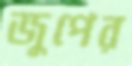
জুপের